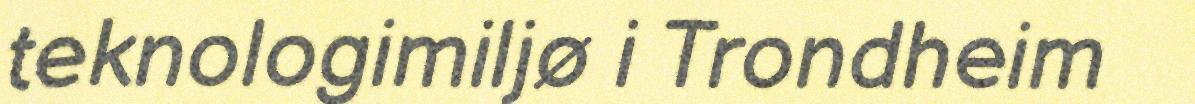
teknologimiljø i Trondheim